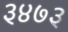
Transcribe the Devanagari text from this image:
३४७३